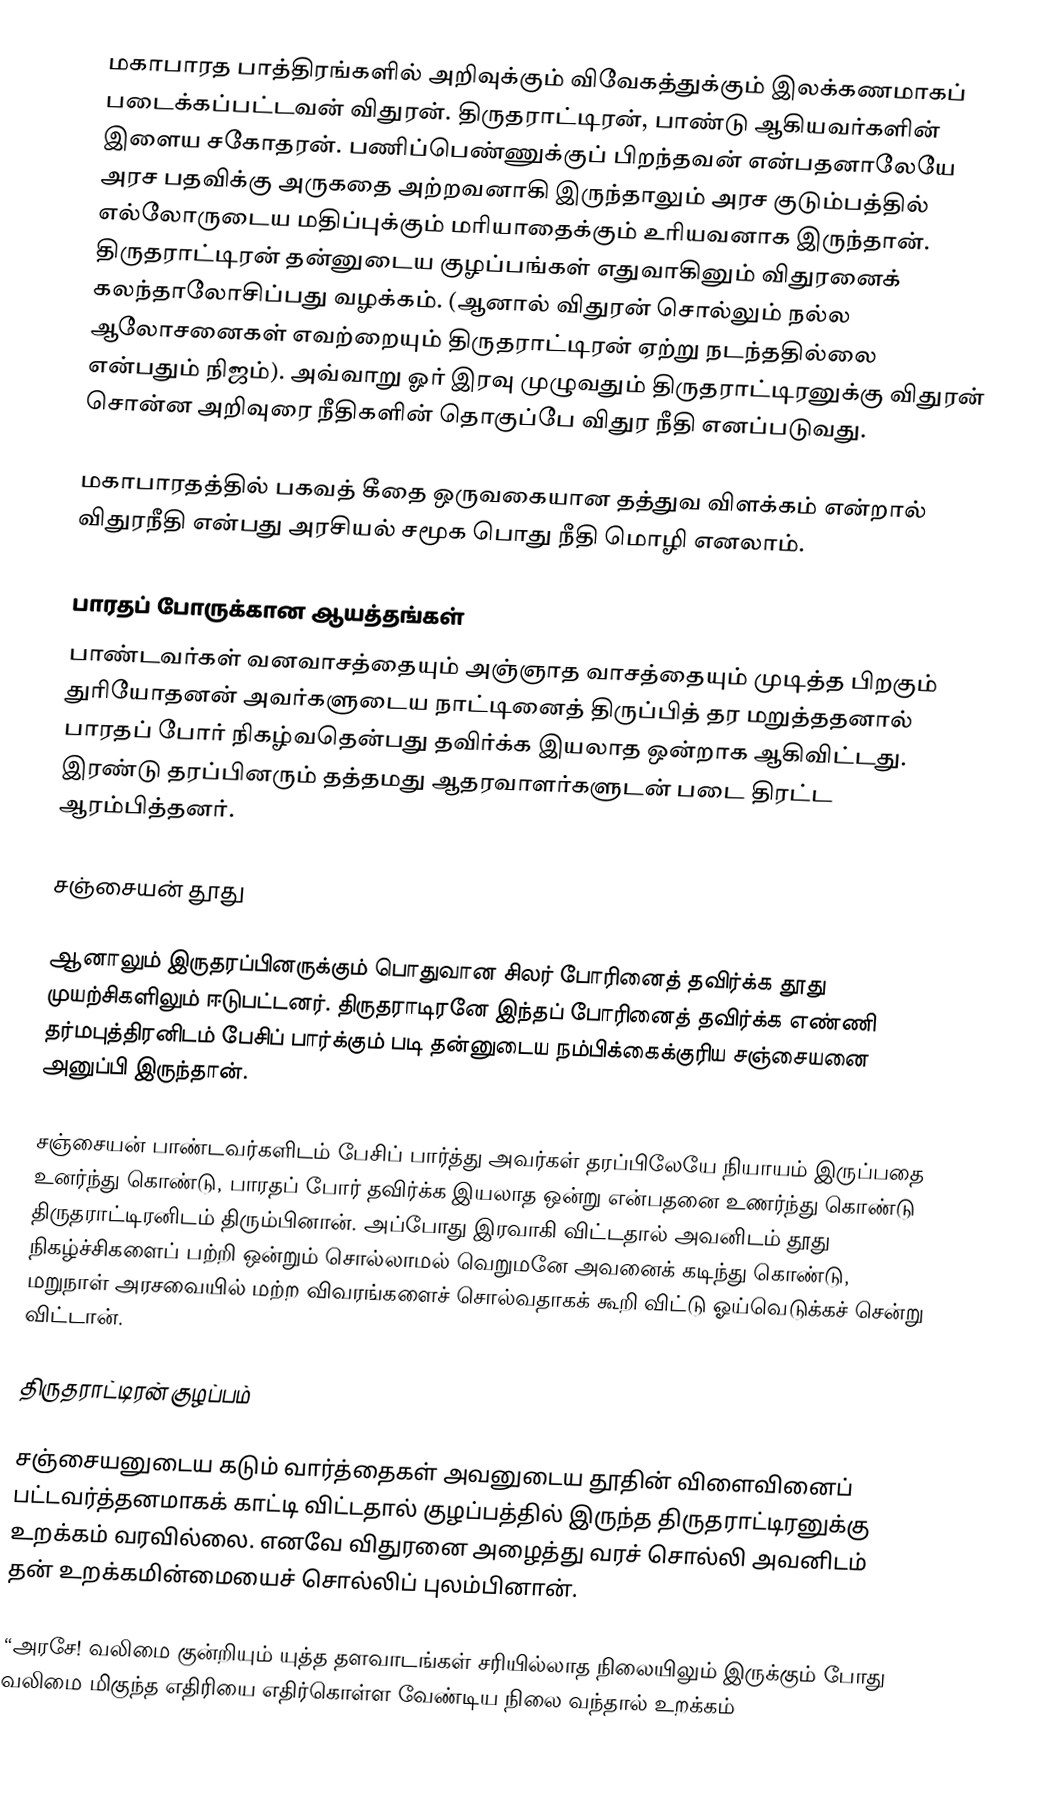
மகாபாரத பாத்திரங்களில் அறிவுக்கும் விவேகத்துக்கும் இலக்கணமாகப் படைக்கப்பட்டவன் விதுரன். திருதராட்டிரன், பாண்டு ஆகியவர்களின் இளைய சகோதரன். பணிப்பெண்ணுக்குப் பிறந்தவன் என்பதனாலேயே அரச பதவிக்கு அருகதை அற்றவனாகி இருந்தாலும் அரச குடும்பத்தில் எல்லோருடைய மதிப்புக்கும் மரியாதைக்கும் உரியவனாக இருந்தான். திருதராட்டிரன் தன்னுடைய குழப்பங்கள் எதுவாகினும் விதுரனைக் கலந்தாலோசிப்பது வழக்கம். (ஆனால் விதுரன் சொல்லும் நல்ல ஆலோசனைகள் எவற்றையும் திருதராட்டிரன் ஏற்று நடந்ததில்லை என்பதும் நிஜம்). அவ்வாறு ஓர் இரவு முழுவதும் திருதராட்டிரனுக்கு விதுரன் சொன்ன அறிவுரை நீதிகளின் தொகுப்பே விதுர நீதி எனப்படுவது.

மகாபாரதத்தில் பகவத் கீதை ஒருவகையான தத்துவ விளக்கம் என்றால் விதுரநீதி என்பது அரசியல் சமூக பொது நீதி மொழி எனலாம்.

பாரதப் போருக்கான ஆயத்தங்கள்
பாண்டவர்கள் வனவாசத்தையும் அஞ்ஞாத வாசத்தையும் முடித்த பிறகும் துரியோதனன் அவர்களுடைய நாட்டினைத் திருப்பித் தர மறுத்ததனால் பாரதப் போர் நிகழ்வதென்பது தவிர்க்க இயலாத ஒன்றாக ஆகிவிட்டது. இரண்டு தரப்பினரும் தத்தமது ஆதரவாளர்களுடன் படை திரட்ட ஆரம்பித்தனர்.

சஞ்சையன் தூது

ஆனாலும் இருதரப்பினருக்கும் பொதுவான சிலர் போரினைத் தவிர்க்க தூது முயற்சிகளிலும் ஈடுபட்டனர். திருதராடிரனே இந்தப் போரினைத் தவிர்க்க எண்ணி தர்மபுத்திரனிடம் பேசிப் பார்க்கும் படி தன்னுடைய நம்பிக்கைக்குரிய சஞ்சையனை அனுப்பி இருந்தான்.

சஞ்சையன் பாண்டவர்களிடம் பேசிப் பார்த்து அவர்கள் தரப்பிலேயே நியாயம் இருப்பதை உனர்ந்து கொண்டு, பாரதப் போர் தவிர்க்க இயலாத ஒன்று என்பதனை உணர்ந்து கொண்டு திருதராட்டிரனிடம் திரும்பினான். அப்போது இரவாகி விட்டதால் அவனிடம் தூது நிகழ்ச்சிகளைப் பற்றி ஒன்றும் சொல்லாமல் வெறுமனே அவனைக் கடிந்து கொண்டு, மறுநாள் அரசவையில் மற்ற விவரங்களைச் சொல்வதாகக் கூறி விட்டு ஓய்வெடுக்கச் சென்று விட்டான்.

திருதராட்டிரன் குழப்பம்

சஞ்சையனுடைய கடும் வார்த்தைகள் அவனுடைய தூதின் விளைவினைப் பட்டவர்த்தனமாகக் காட்டி விட்டதால் குழப்பத்தில் இருந்த திருதராட்டிரனுக்கு உறக்கம் வரவில்லை. எனவே விதுரனை அழைத்து வரச் சொல்லி அவனிடம் தன் உறக்கமின்மையைச் சொல்லிப் புலம்பினான்.

“அரசே! வலிமை குன்றியும் யுத்த தளவாடங்கள் சரியில்லாத நிலையிலும் இருக்கும் போது வலிமை மிகுந்த எதிரியை எதிர்கொள்ள வேண்டிய நிலை வந்தால் உறக்கம்